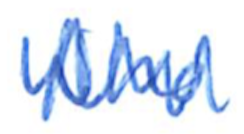
Text: who
Cross-out: mix
Writing tool: ballpoint